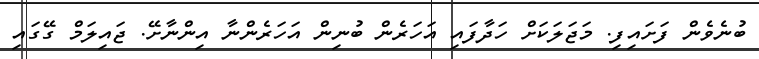
ބުނެވެން ފަށައިފި. މަޖަލަކަށް ހަދާފައި އަހަރެން ބުނިން އަހަރެންނާ އިންނާށޭ. ޖައިލަމް ގޭގައި